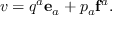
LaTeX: v = q ^ { a } \mathbf { e } _ { a } + p _ { a } \mathbf { f } ^ { a } .